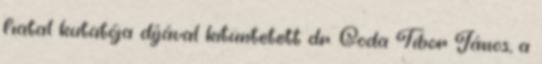
fiatal kutatója díjával kitüntetett dr. Goda Tibor János, a